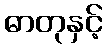
ဓာတုနှင့်